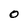
Character: 0